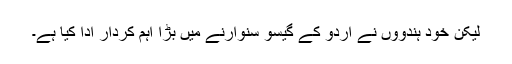
لیکن خود ہندوؤں نے اردو کے گیسو سنوارنے میں بڑا اہم کردار ادا کیا ہے۔